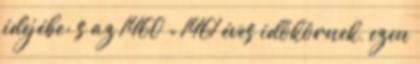
idejébe; s az 1460 = 1461 éves időkörnek, ezen